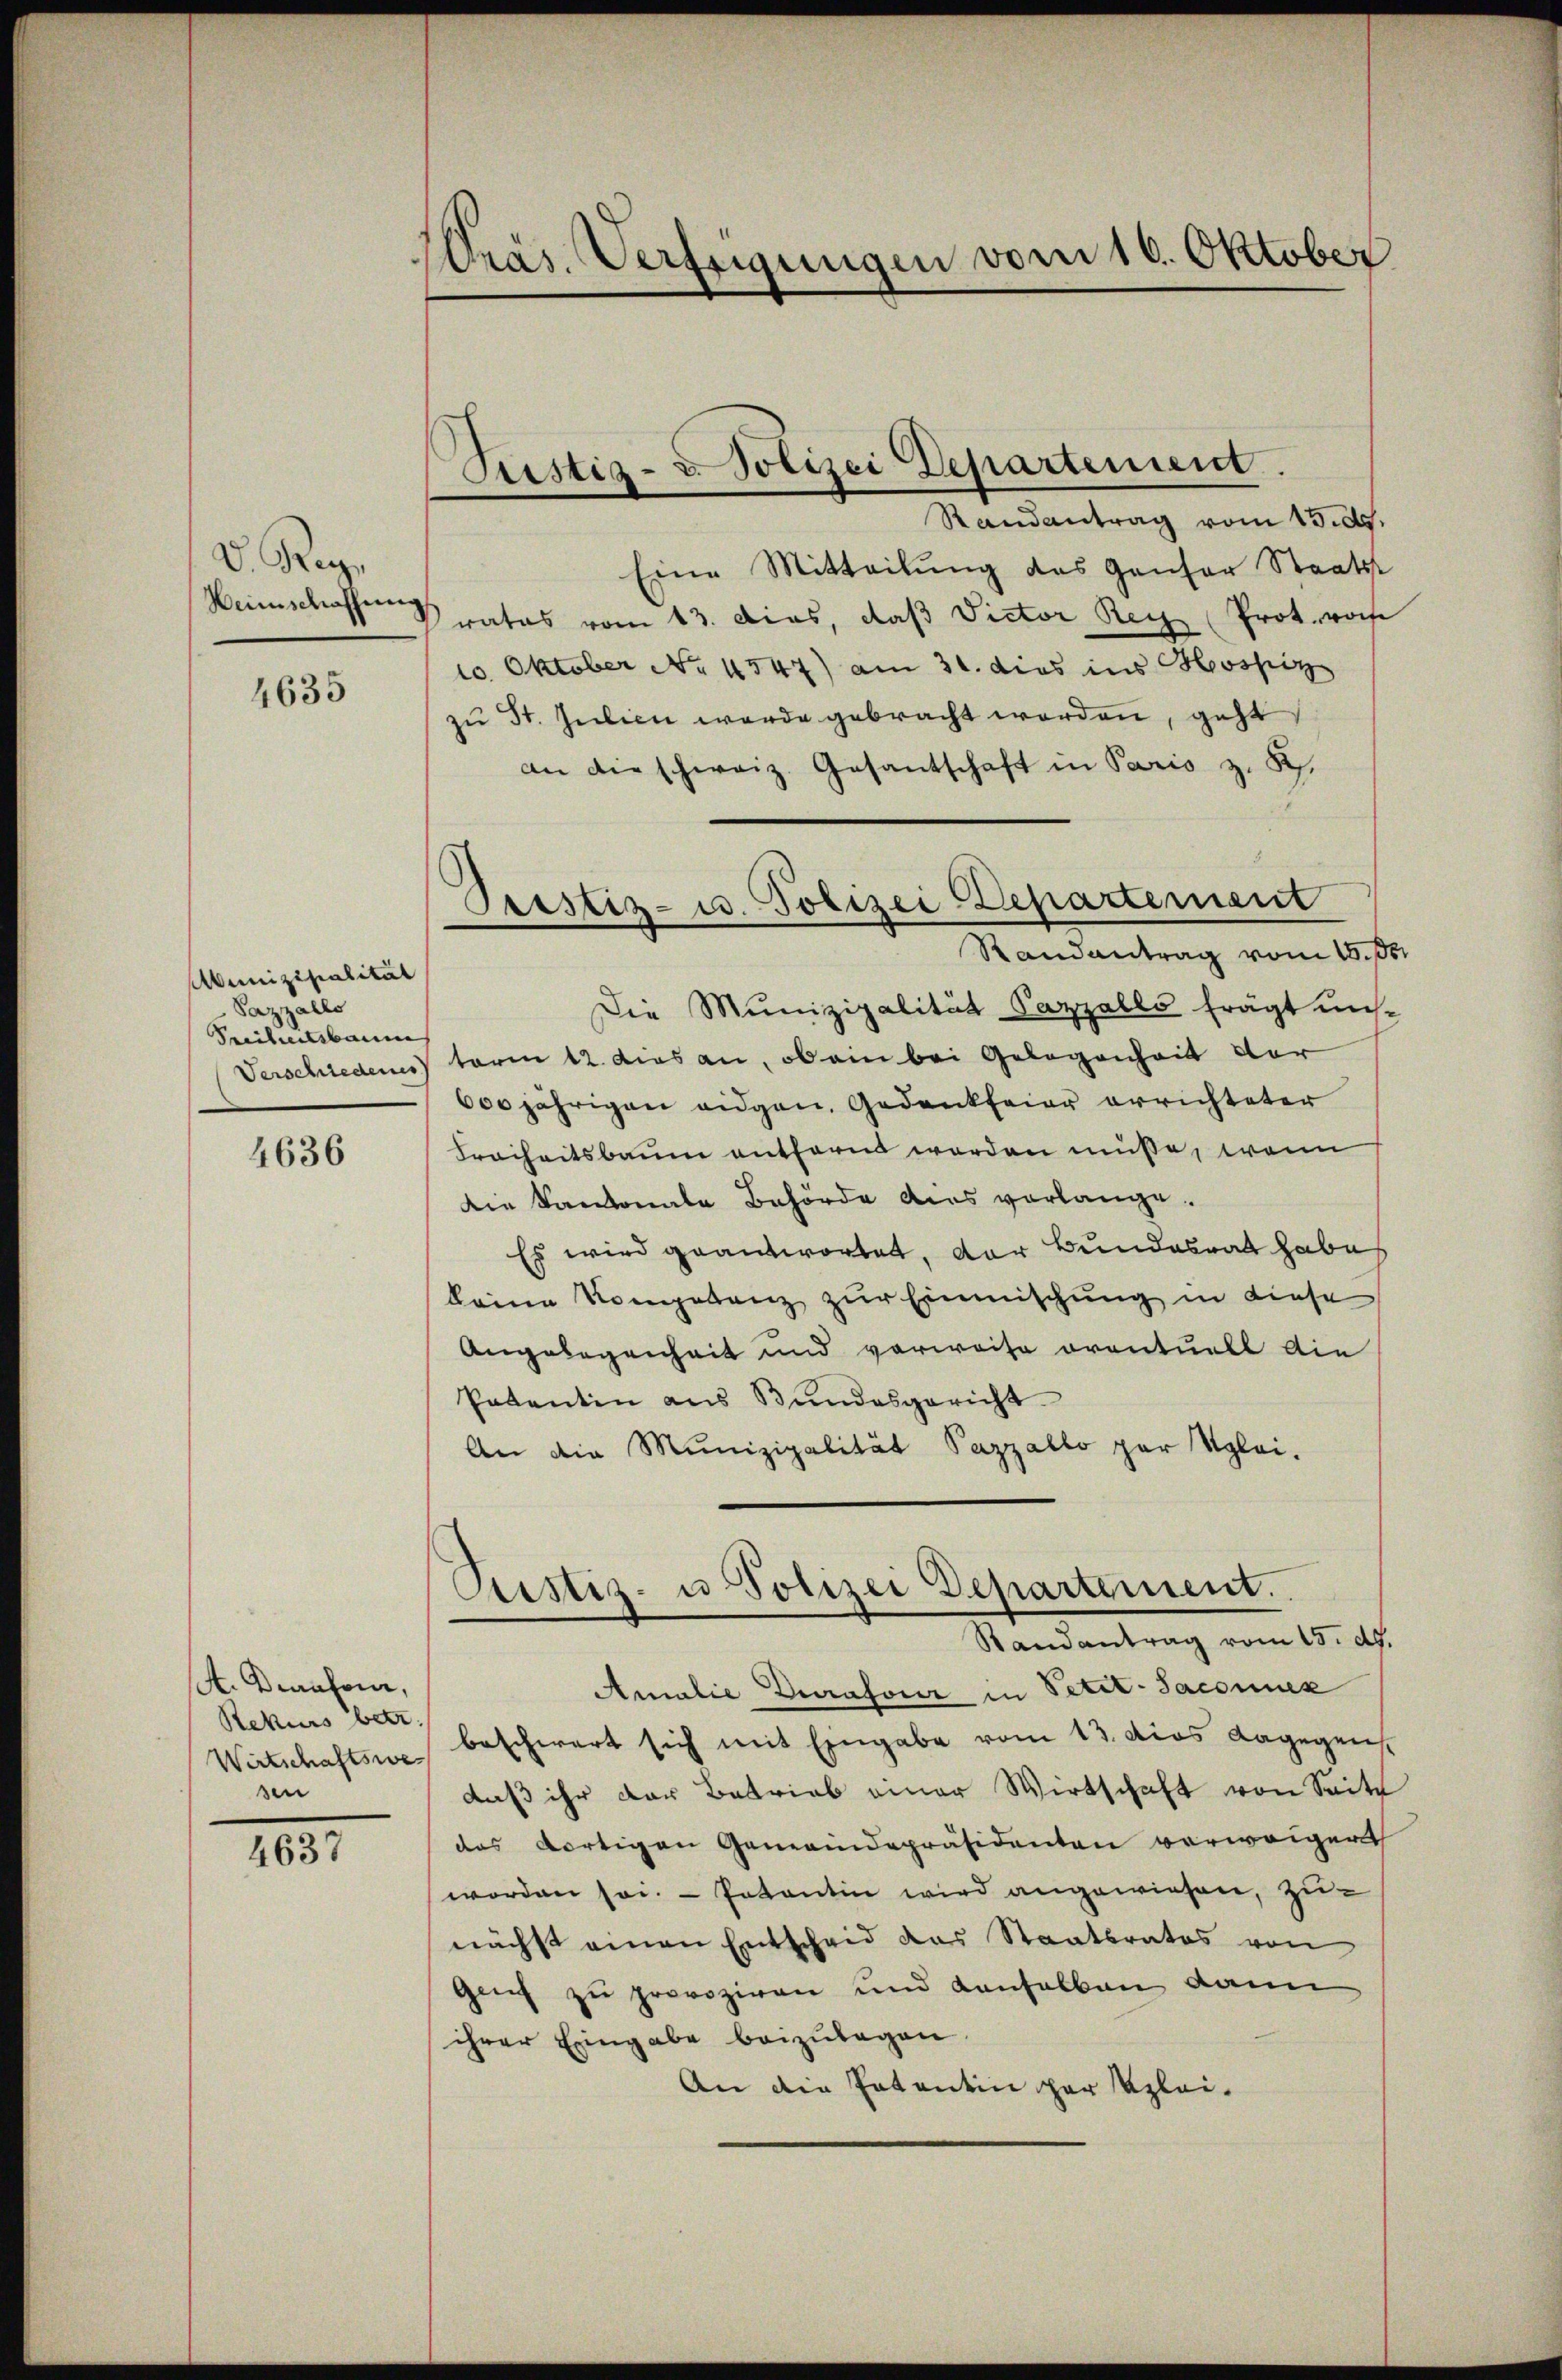
V. Rege
Weinschaffung

4635

Munizipalität
Vazzalle
Freiheitsbaume
Verschiedenes

4636

A. Dennfour,
Rekurs betr.
Wirtschaftswe
sen

4637

Mräs. Verfeigungen vom 10. Oktober

Justiz- u. Polizei Departement.
Randantrag vom 15. d.

Prestiz- u. Polizei Departement
Randantrag vom 15. d.

Eine Mitteilung des Gansor Staats
rates vom 13. dies, daß Victor Reiz (Prot. roche
10. Oktober No. 4547) am 31. dies ins Hospiz
zŭ St. Julien werde gebracht worden, geht
an die schweiz. Gesantschaft in Pario z. R.
Die Munizipalität Pazzalls frägt uns.
term 12. das an, ob ein bei Gelegenheit der
600jährigen eidgen, Gedankfeier errichteter
Freiheitsbaum entfernt worden müsse, wenn
die Kantonale Behörde des vorlange.
Es wird geantwortet, der Bundesrat habe
keine Kompetenz zur Einmischung in diese
Angelegenheit und verweise oventuell die
Patentin aus Bundesgericht
An die Munizipalität Pazzallo par Kglei-

Pristiz- u Polizei Departement.
Randantrag vom 15. dh.

Amalie Durafore in Petit-Saconuez
beschwert sich mit Eingabe vom 13. dies dagegen
daß ihr der Betrieb einer Wirtschaft von Seite
das dortigen Gemeindepräsidenten verweigert
worden sei. Patentin wird angewiesen, zunächst einen Entscheid das Staatsrates von
Genf zu provoziren und Konsolbau dann
ihrer Eingabe beizŭlagen.
An die Patentin gar klei¬